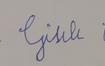
Signature authenticity: forged